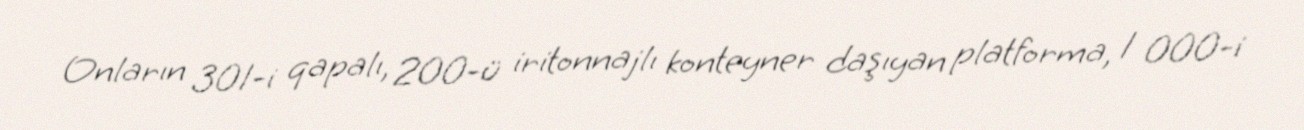
Onların 301-i qapalı, 200-ü iritonnajlı konteyner daşıyan platforma, 1 000-i